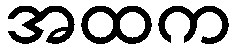
အထက